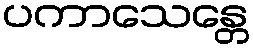
ပကာသေန္တေ